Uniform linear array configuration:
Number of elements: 16
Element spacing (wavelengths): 1
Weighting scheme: exponential
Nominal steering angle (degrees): -15
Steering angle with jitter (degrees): -13.596
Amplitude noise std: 0.05
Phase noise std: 0.05

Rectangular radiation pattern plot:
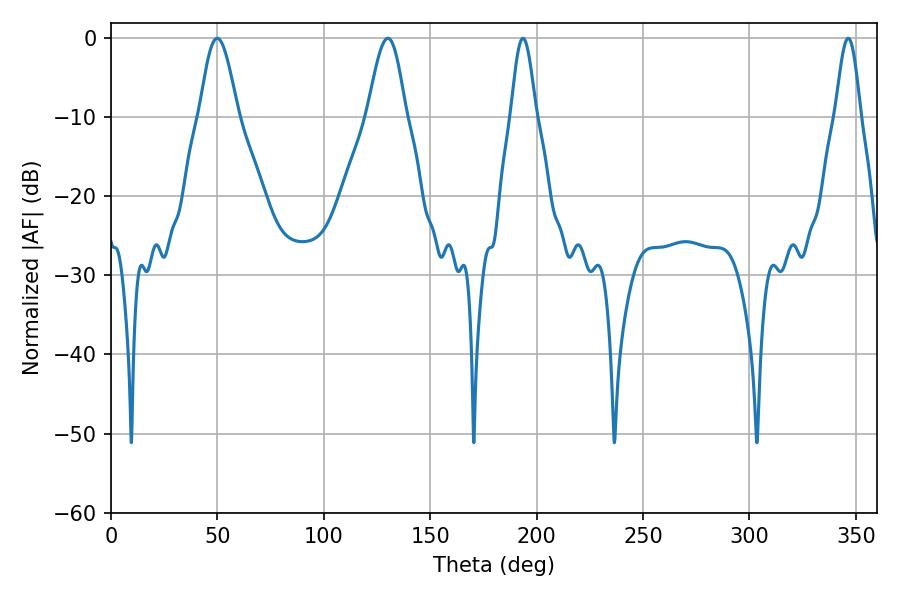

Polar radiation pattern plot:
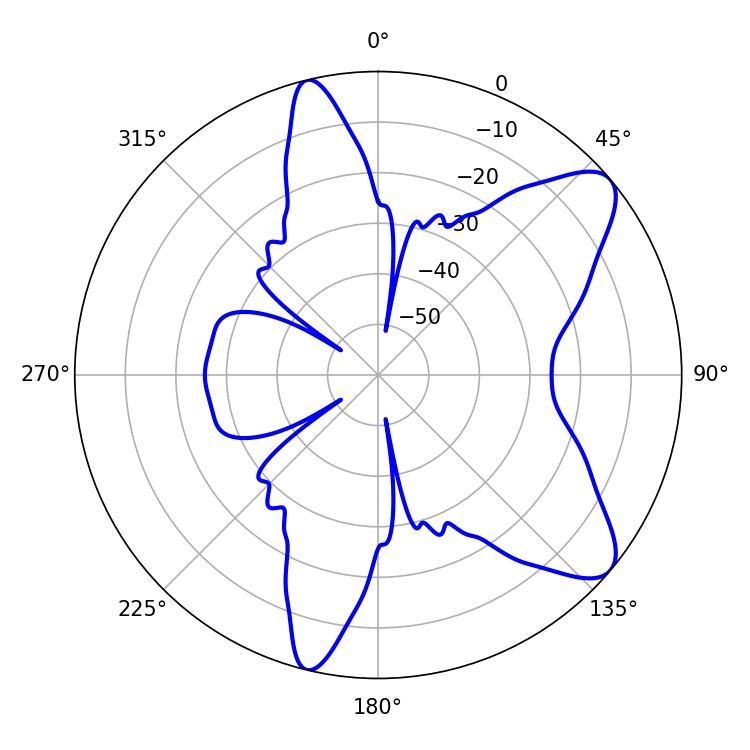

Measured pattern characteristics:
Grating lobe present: TRUE
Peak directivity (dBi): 9.172
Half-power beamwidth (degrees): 9.54
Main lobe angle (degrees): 49.86